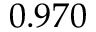
0 . 9 7 0